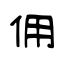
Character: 佣